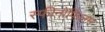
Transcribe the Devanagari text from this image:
स्फीनोफिलम